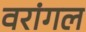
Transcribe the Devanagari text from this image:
वरांगल